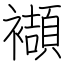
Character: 襭